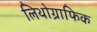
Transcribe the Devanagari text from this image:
लिथोग्राफिक